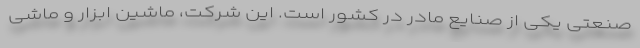
صنعتی یکی از صنایع مادر در کشور است. این شرکت، ماشین ابزار و ماشی